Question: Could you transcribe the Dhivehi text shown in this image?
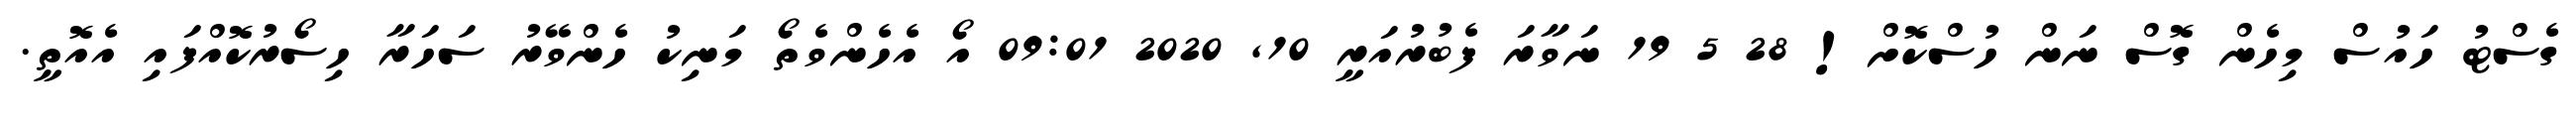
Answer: ގެސްޓު ހައުސް މިހެން ގޮސް ނަން ހުސްކޮށް! 28 5 19 ނަވާރަ ފެބުރުއަރީ 10, 2020 09:01 އޯ އެހެންވެތޯ މަނިކު ހެންވޭރު ސަހަރާ ހިސޯރުކޮއްފައި އެއޮތީ.